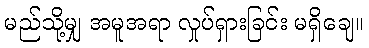
မည်သို့မျှ အမူအရာ လှုပ်ရှားခြင်း မရှိချေ။